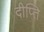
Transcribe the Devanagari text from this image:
दीप्‍ति